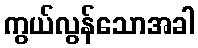
ကွယ်လွန်သောအခါ